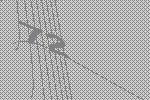
72